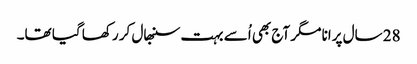
28 سال پرانا مگر آج بھی اُسے بہت سنبھال کر رکھا گیا تھا۔